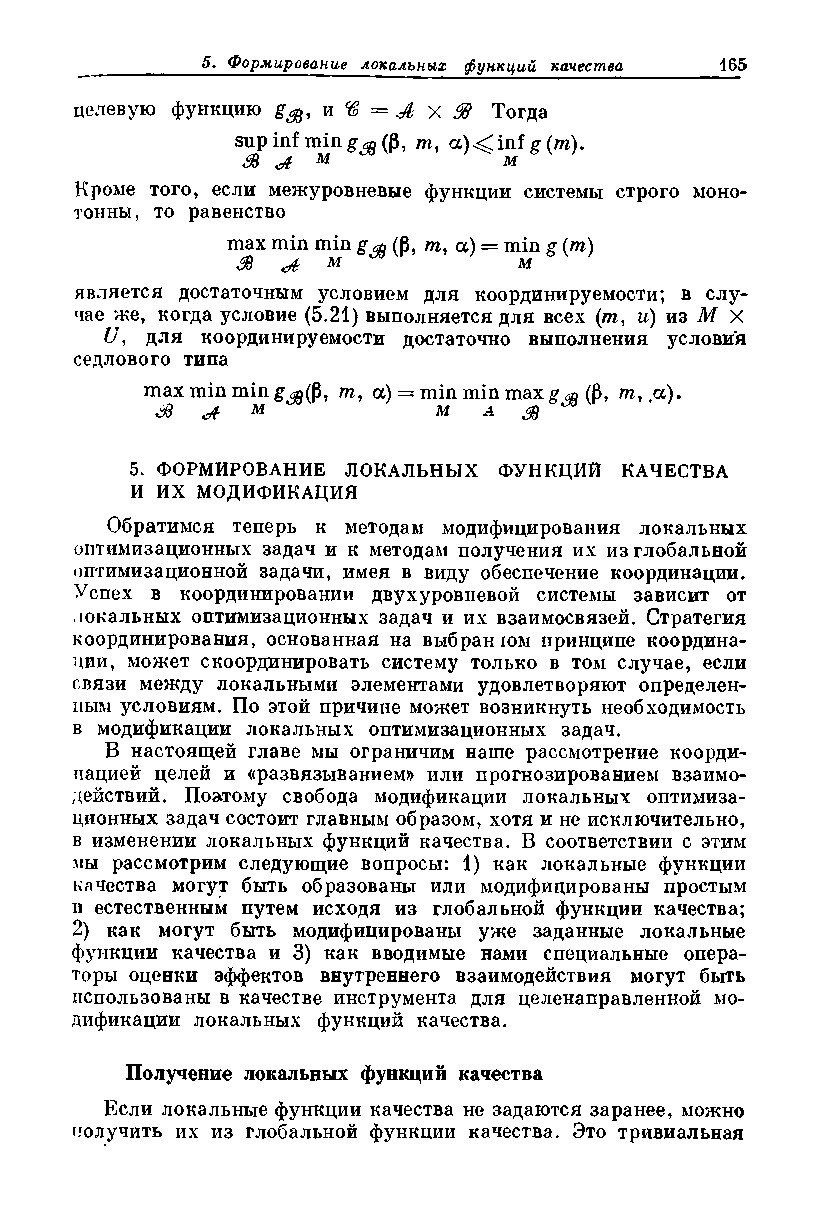
целевую функцию и % = Ж х Я Тогда
 sup inf min ^ (р , m, a)<inf g (m).
 & Л  м           м
 Кроме того, если межуровневые функции системы строго моно­
 тонны, то равенство
 шах min min g j (P, m, a) = min g (m)
 &  Л  Ы           M
 является достаточным условием для координируемости; в слу­
 чае же, когда условие (5.21) выполняется для всех (т, и) из М X
 U, для координируемости достаточно выполнения условия
 седлового типа
 max min min g^(P, m, a) = min min maxg (P, m, a).
 &      м           м  л
 5. ФОРМИРОВАНИЕ ЛОКАЛЬНЫХ ФУНКЦИЙ КАЧЕСТВА
 И ИХ МОДИФИКАЦИЯ
 Обратимся теперь к методам модифицирования локальных
 оптимизационных задач и к методам получения их из глобальной
 оптимизационной задачи, имея в виду обеспечение координации.
 Успех в координировании двухуровневой системы зависит от
 локальных оптимизационных задач и их взаимосвязей. Стратегия
 координирования, основанная на выбран юм принципе координа­
 ции, может скоординировать систему только в том случае, если
 связи между локальными элементами удовлетворяют определен­
 ным условиям. По этой причине может возникнуть необходимость
 в модификации локальных оптимизационных задач.
 В настоящей главе мы ограничим нате рассмотрение коорди­
 нацией целей и «развязыванием» или прогнозированием взаимо­
 действий. Поэтому свобода модификации локальных оптимиза­
 ционных задач состоит главным образом, хотя и не исключительно,
 в изменении локальных функций качества. В соответствии с этим
 мы рассмотрим следующие вопросы: 1) как локальные функции
 качества могут быть образованы или модифицированы простым
 и естественным путем исходя из глобальной функции качества;
 2) как могут быть модифицированы уже заданные локальные
 функции качества и 3) как вводимые нами специальные опера­
 торы оценки эффектов внутреннего взаимодействия могут быть
 использованы в качестве инструмента для целенаправленной мо­
 дификации локальных функций качества.
 Получение локальных функций качества
 Если локальные функции качества не задаются заранее, можно
 получить их из глобальной функции качества. Это тривиальная